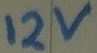
Text: 12v